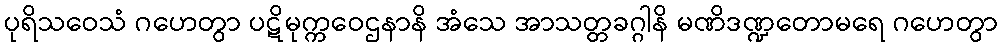
ပုရိသဝေသံ ဂဟေတွာ ပဋိမုက္ကဝေဌနာနိ အံသေ အာသတ္တခဂ္ဂါနိ မဏိဒဏ္ဍတောမရေ ဂဟေတွာ